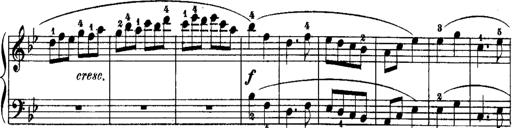
Title: Rondos and Sonatinas for Pianoforte
Composer: Daniel Steibelt